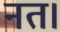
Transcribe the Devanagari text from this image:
नत।